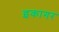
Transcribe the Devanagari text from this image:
इकागर